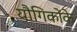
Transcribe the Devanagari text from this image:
यौगिकोंके